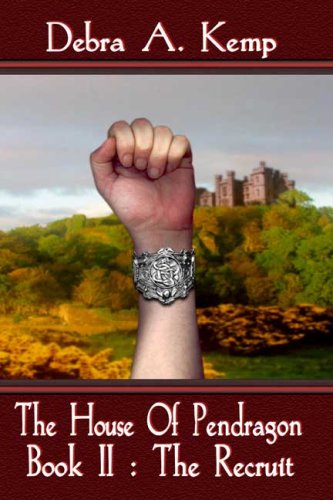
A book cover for The House Of Pendragon, Book II: The Recruit; Debra A. Kemp; Science Fiction & Fantasy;